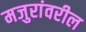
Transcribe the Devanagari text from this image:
मजुरांवरील